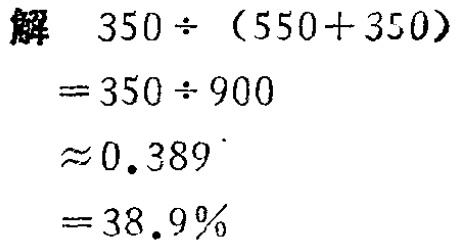
解

\[

\begin{align*}

&350\div(550 + 350)\\

=&350\div900\\

\approx&0.389\\

=&38.9\%

\end{align*}

\]